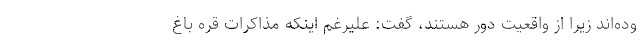
وده‌اند زیرا از واقعیت دور هستند، گفت: علیرغم اینکه مذاکرات قره باغ